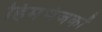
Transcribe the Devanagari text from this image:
हिमभंजकों